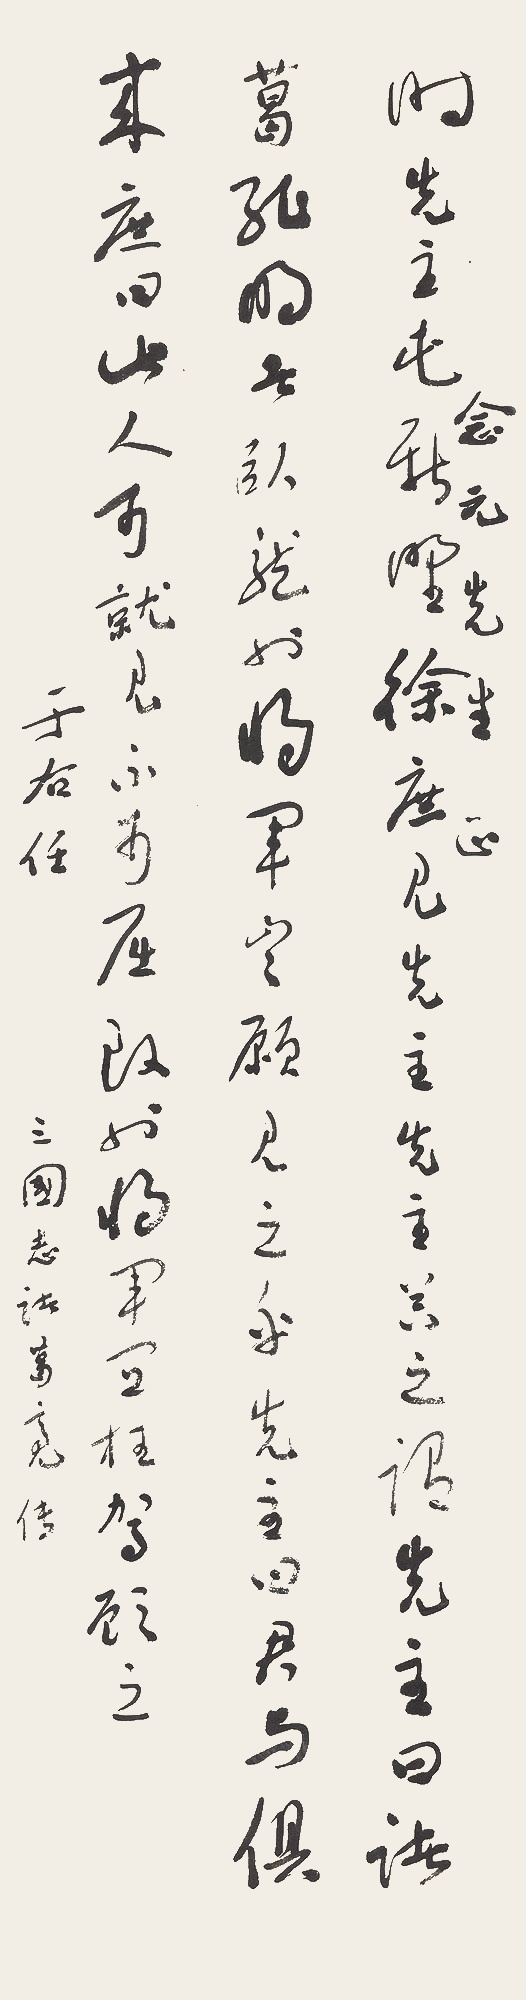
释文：时先主屯新野。徐庶见先主，先主器之，谓先主曰：“诸葛孔明者，卧龙也，将军岂愿见之乎？”先主曰：“君与俱来。”庶曰：“此人可就见，不可屈致也。将军宜枉驾顾之。”念元先生正，于右任。三国志诸葛亮传。